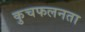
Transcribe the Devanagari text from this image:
कुचफलनता